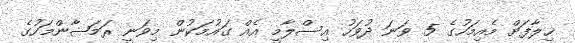
ޚިލާފަށް މެއިމަހުގެ 5 ވަނަ ދުވަހު އިސްލާމީ އެއް ގައުމަކުން މިވަނީ ރަމަޟާންމަހުގެ